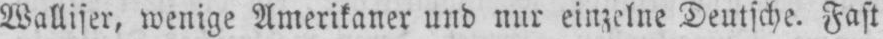
Walliser, wenige Amerikaner und nur einzelne Deutsche. Fast